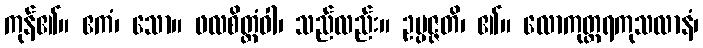
ကုန်၏။ ဧကံ၊ သော။ ဖလစိတ္တံဝါ၊ သည်လည်း။ ဥပ္ပဇ္ဇတိ၊ ၏။ လောကုတ္တရကုသလာနံ၊